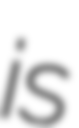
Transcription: is